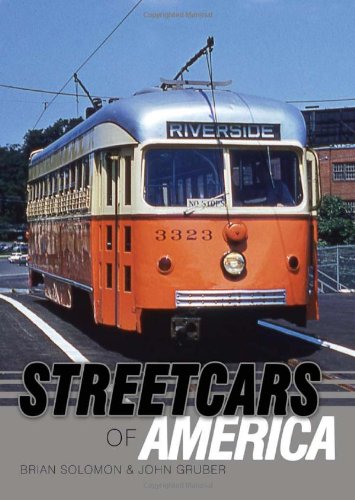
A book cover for Streetcars of America (Shire Library); Brian Solomon; Engineering & Transportation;